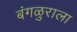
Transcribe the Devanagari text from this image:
बंगळुराला